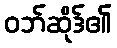
ဝဘ်ဆိုဒ်၏